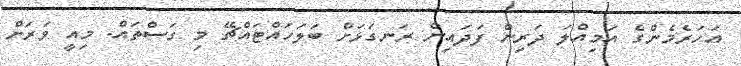
އަހަރެމެންގެ އަމިއްލަ ދަރިން ފަދައިން ރަނގަޅަށް ބަލަހައްޓައްޗޭ މި ގަސްތައް. މިއީ ވަރަށް